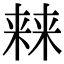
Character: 𣘐